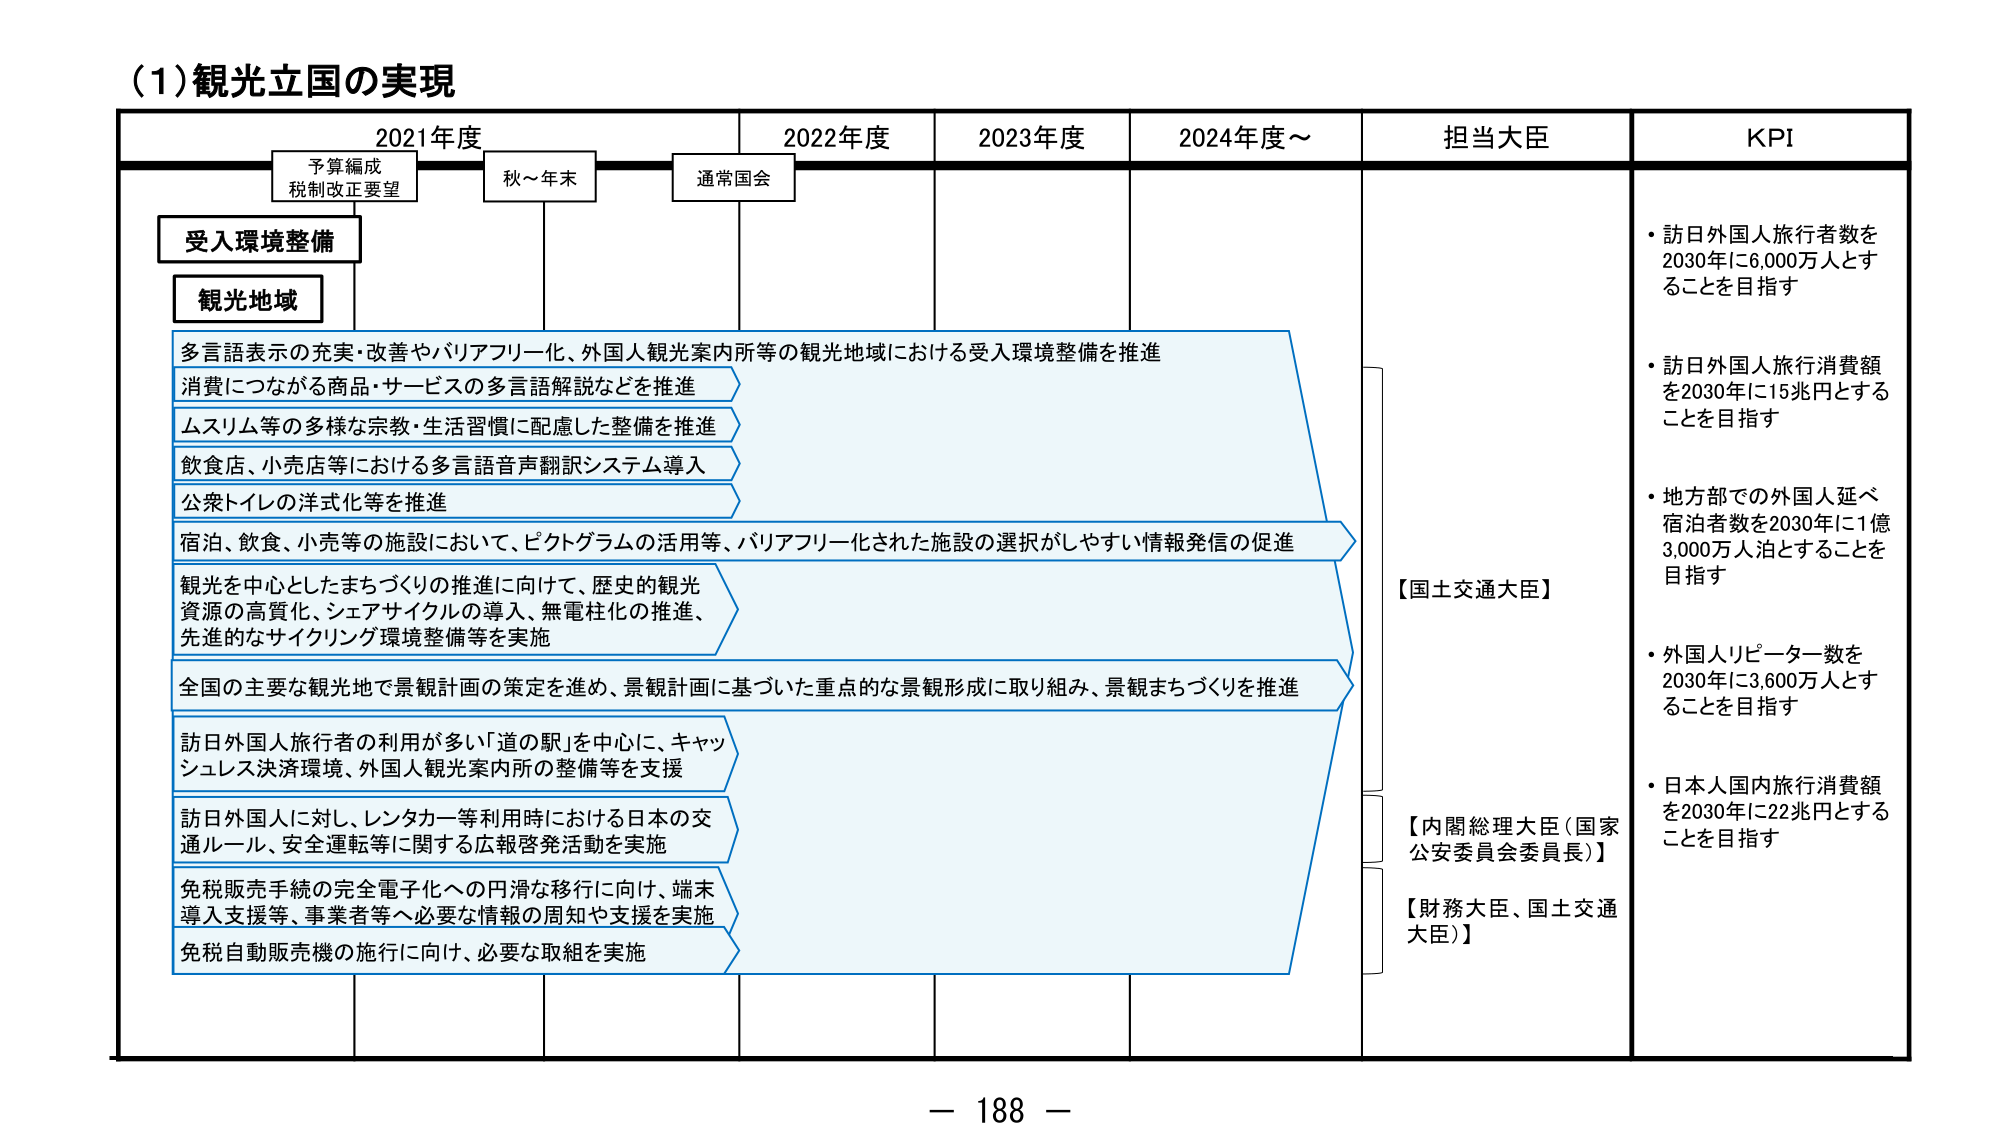
(1) 観光立国の実現

2021年度　　　　　2022年度　　　　　2023年度　　　　　2024年度～

予算編成
税制改正要望　　　秋～年末　　　　　通常国会

受入環境整備
観光地域

多言語表示の充実・改善やバリアフリー化、外国人観光案内所等の観光地域における受入環境整備を推進
消費につながる商品・サービスの多言語解説などを推進
ムスリム等の多様な宗教・生活習慣に配慮した整備を推進
飲食店、小売店等における多言語音声翻訳システム導入
公衆トイレの洋式化等を推進
宿泊、飲食、小売等の施設において、ピクトグラムの活用等、バリアフリー化された施設の選択がしやすい情報発信の促進
観光を中心としたまちづくりの推進に向けて、歴史的観光資源の高質化、シェアサイクルの導入、無電柱化の推進、先進的なサイクリング環境整備等を実施
全国の主要な観光地で景観計画の策定を進め、景観計画に基づいた重点的な景観形成に取り組み、景観まちづくりを推進
訪日外国人旅行者の利用が多い「道の駅」を中心に、キャッシュレス決済環境、外国人観光案内所の整備等を支援
訪日外国人に対し、レンタカー等利用時における日本の交通ルール、安全運転等に関する広報啓発活動を実施
免税販売手続の完全電子化への円滑な移行に向け、端末導入支援等、事業者等へ必要な情報の周知や支援を実施
免税自動販売機の施行に向け、必要な取組を実施

担当大臣
【国土交通大臣】
【内閣総理大臣（国家公安委員会委員長）】
【財務大臣、国土交通大臣】

KPI
・訪日外国人旅行者数を2030年に6,000万人とすることを目指す
・訪日外国人旅行消費額を2030年に15兆円とすることを目指す
・地方部での外国人延べ宿泊者数を2030年に1億3,000万人泊とすることを目指す
・外国人リピーター数を2030年に3,600万人とすることを目指す
・日本人国内旅行消費額を2030年に22兆円とすることを目指す

－ 188 －